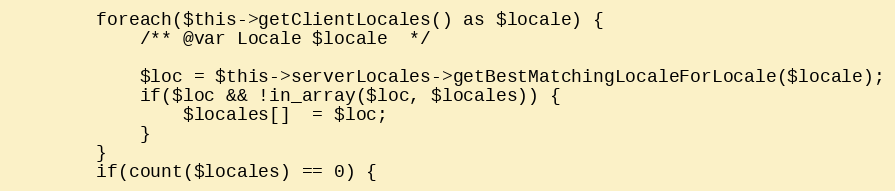
Language: PHP
        foreach($this->getClientLocales() as $locale) {
            /** @var Locale $locale  */

            $loc = $this->serverLocales->getBestMatchingLocaleForLocale($locale);
            if($loc && !in_array($loc, $locales)) {
                $locales[]  = $loc;
            }
        }
        if(count($locales) == 0) {